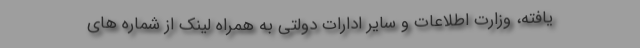
یافته، وزارت اطلاعات و سایر ادارات دولتی به همراه لینک از شماره های